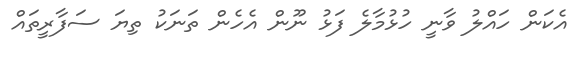
އެކަން ހައްލު ވާނީ ހުޅުމާލެ ފަޅު ނޫން އެހެން ތަނަކު ތިޔަ ސަފާރީތައް